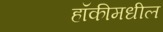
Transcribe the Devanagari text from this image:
हॉकीमधील